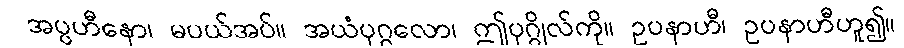
အပ္ပဟီနော၊ မပယ်အပ်။ အယံပုဂ္ဂလော၊ ဤပုဂ္ဂိုလ်ကို။ ဥပနာဟီ၊ ဥပနာဟီဟူ၍။